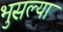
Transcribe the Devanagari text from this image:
भुसल्या